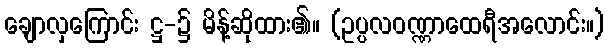
ချောလှကြောင်း ဋ္ဌ-၌ မိန့်ဆိုထား၏။ (ဥပ္ပလဝဏ္ဏာထေရီအလောင်း။)